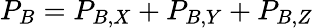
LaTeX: P_{B}=P_{B,X}+P_{B,Y}+P_{B,Z}